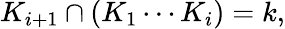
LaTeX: K_{i+1}\cap(K_{1}\cdots K_{i})=k,